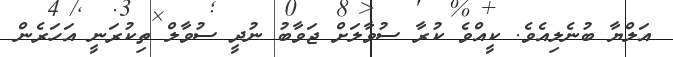
އަލްޔާ ބުނެލިއެވެ. ކީއްވެ ކުރާ ސުވާލަށް ޖަވާބު ނުދީ ސުވާލް ތިކުރަނީ އަހަރެން